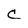
Character: C